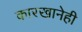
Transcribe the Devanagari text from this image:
कारखानेही